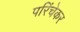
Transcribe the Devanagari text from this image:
परिंचेकर